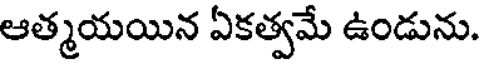
ఆత్మయయిన ఏకత్వమే ఉండును.